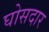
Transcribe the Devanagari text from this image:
घोसदार